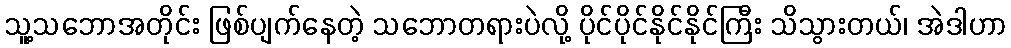
သူ့သဘောအတိုင်း ဖြစ်ပျက်နေတဲ့ သဘောတရားပဲလို့ ပိုင်ပိုင်နိုင်နိုင်ကြီး သိသွားတယ်၊ အဲဒါဟာ